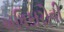
અધિકારોની